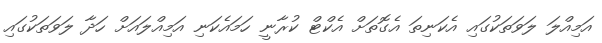
އަމިއްލަ ލަވަތަކުގައި އެކަނިތަ އެގޮތަށް އެކްޓް ކުރާނީ ހަމައެކަނި އަމިއްލައަށް ހަދާ ލަވަތަކުގައި